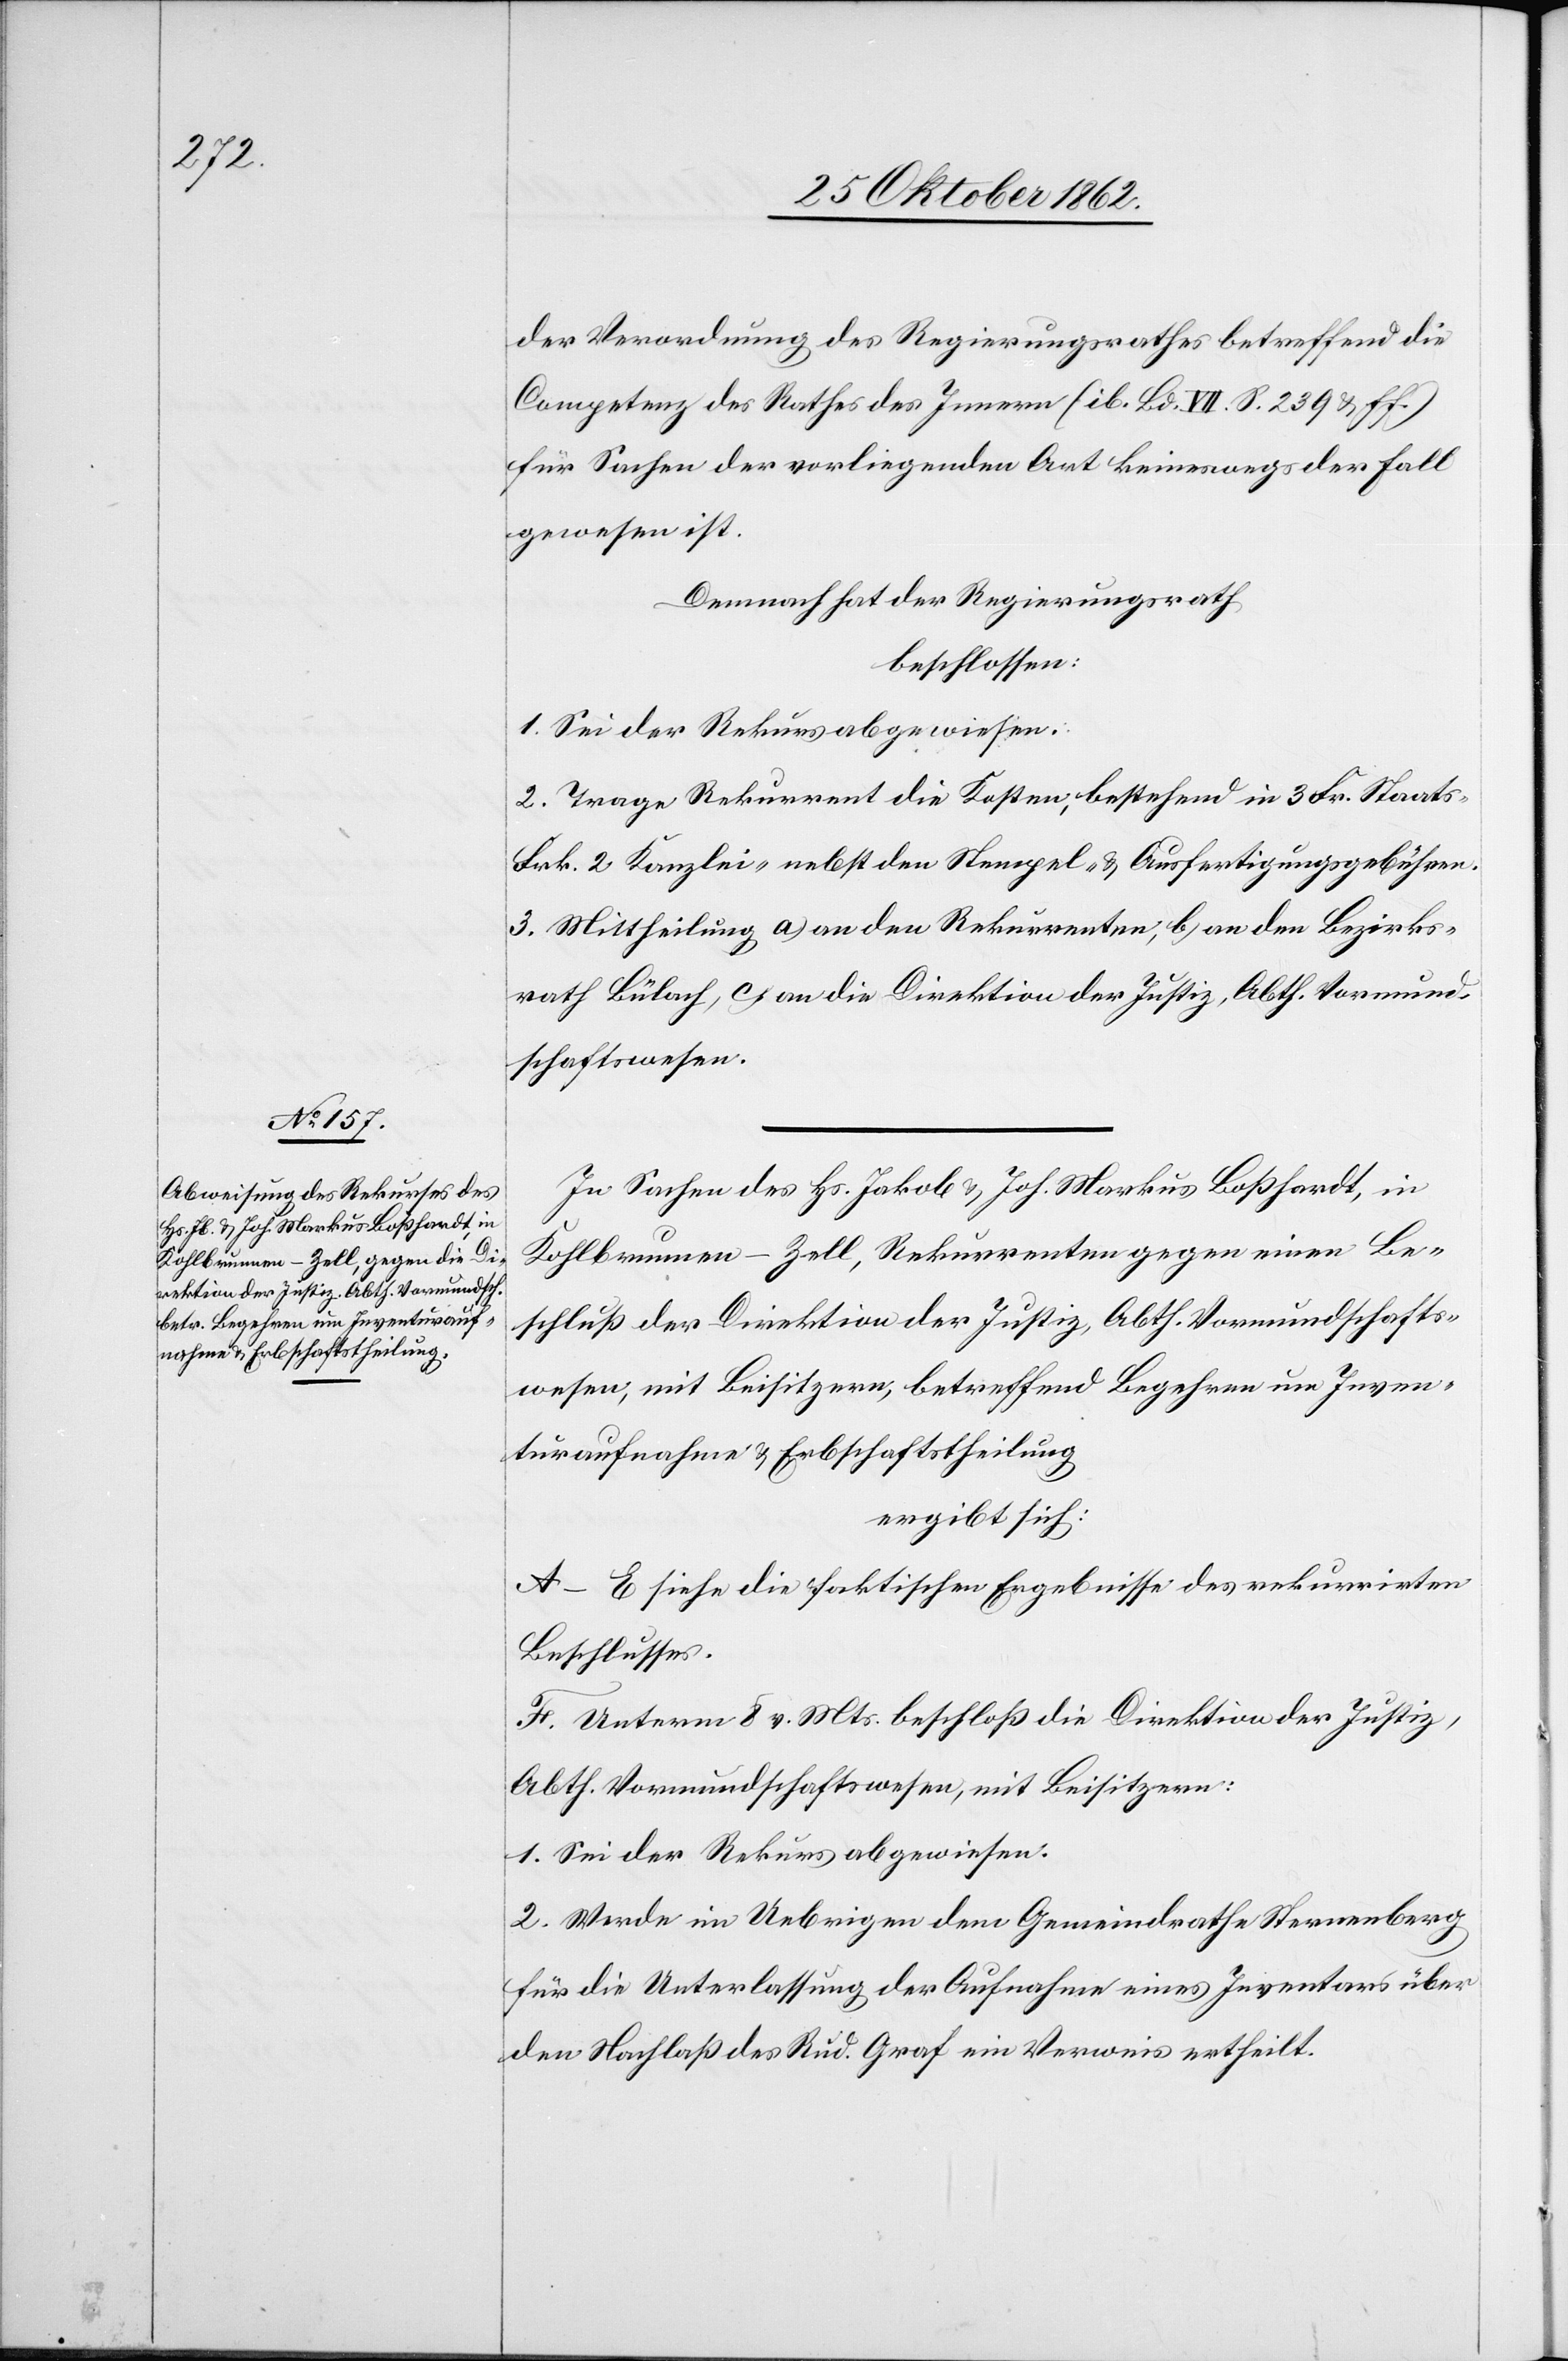
der Verordnung des Regierungsrathes betreffend die
Competenz des Rathes des Innern (ib. Bd. VII s. 239 u. ff.)
für Sachen der vorliegenden Art keineswegs der Fall
gewesen ist.
Demnach hat der Regierungsrath
beschlossen:
1. Sei der Rekurs abgewiesen.
2. Trage Rekurrent die Kosten, bestehend in 3 Fr. Staats-[,]
Frk. 2 Kanzlei- nebst den Stempel- u. Ausfertigungsgebühren.
3. Mittheilung a) an den Rekurrenten, b) an den Bezirks¬
rath Bülach, c) an die Direktion der Justiz, Abth. Vormund¬
schaftswesen.
In Sachen des Hs. Jakob u. Joh. Markus Boßhardt, in
Kohlbrunnen–Zell, Rekurrenten gegen einen Be¬
schluß der Direktion der Justiz, Abth. Vormundschafts¬
wesen, mit Beisitzern, betreffend Begehren um Inven¬
turaufnahme u. Erbschaftstheilung
ergibt sich:
A–E. siehe die faktischen Ergebnisse des rekurrirten
Beschlusses.
F. Unterm 8. v. Mts. beschloß die Direktion der Justiz,
Abth. Vormundschaftswesen, mit Beisitzern:
1. Sei der Rekurs abgewiesen.
2. Werde im Uebrigen dem Gemeindrathe Sternenberg
für die Unterlassung der Aufnahme eines Inventars über
den Nachlaß des Rud. Graf ein Verweis ertheilt.